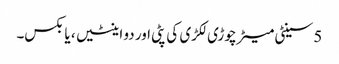
5 سینٹی میٹر چوڑی لکڑی کی پٹی اور دو اینٹیں ، یا بکس۔